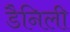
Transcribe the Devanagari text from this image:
डैनिली